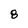
Character: 8